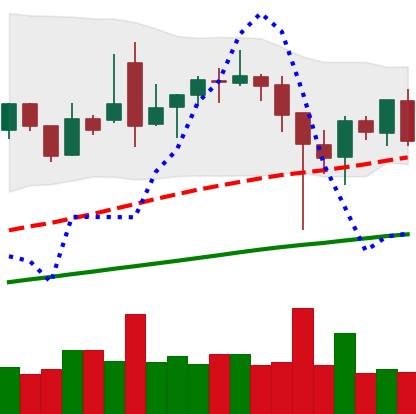
Ticker: BNB-USD
Chart end date: 2021-12-09
Forward return: -10.569%
Label: down_7plus